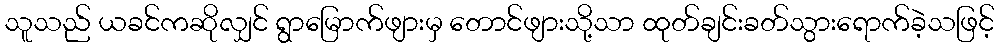
သူသည် ယခင်ကဆိုလျှင် ရွာမြောက်ဖျားမှ တောင်ဖျားသို့သာ ထုတ်ချင်းခတ်သွားရောက်ခဲ့သဖြင့်